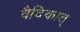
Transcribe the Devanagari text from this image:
वैदिकात्